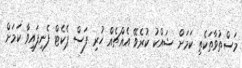
މަސްތުވާތަކެތި ކަމަށް ޝައްކު ކުރެވޭ އެއްޗެއް ހުރި ފަސް ޕެކެޓް ފެނިފައިވާ ކަމަށް